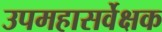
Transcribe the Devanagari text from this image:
उपमहासर्वेक्षक